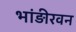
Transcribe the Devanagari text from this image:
भांड़ीरवन